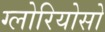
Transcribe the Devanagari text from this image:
ग्लोरियोसो